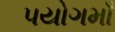
પયોગમાઁ